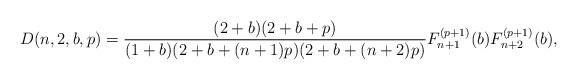
LaTeX: \begin{gather*}D(n,2,b,p)={(2+b)(2+b+p) \over (1+b)(2+b+(n+1)p)(2+b+(n+2)p)} F_{n+1}^{(p+1)}(b) F_{n+2}^{(p+1)}(b),\end{gather*}